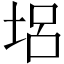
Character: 𡋿